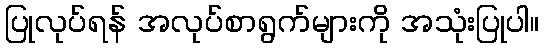
ပြုလုပ်ရန် အလုပ်စာရွက်များကို အသုံးပြုပါ။